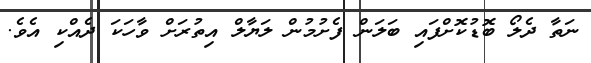
ނަތާ ދެލޯ ބޮޑުކޮށްފައި ބަލަން ފެށުމުން ލަޔާލް އިތުރަށް ވާހަކަ ދެއްކި އެވެ.